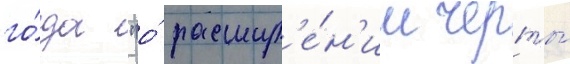
го́да "о́ расшир'е́н'ии черты́